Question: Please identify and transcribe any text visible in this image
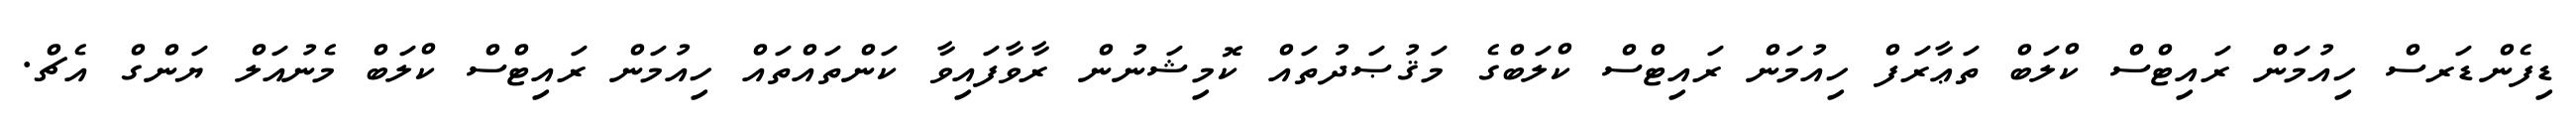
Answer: ޑިފެންޑަރސް ހިއުމަން ރައިޓްސް ކްލަބް ތަޢާރަފް ހިއުމަން ރައިޓްސް ކްލަބްގެ މަޤުޞަދުތައް ކޮމިޝަނުން ރާވާފައިވާ ކަންތައްތައް ހިއުމަން ރައިޓްސް ކްލަބް މެނުއަލް ޔަންގް އެޗް.